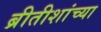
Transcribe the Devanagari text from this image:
ब्रीतीशांच्या